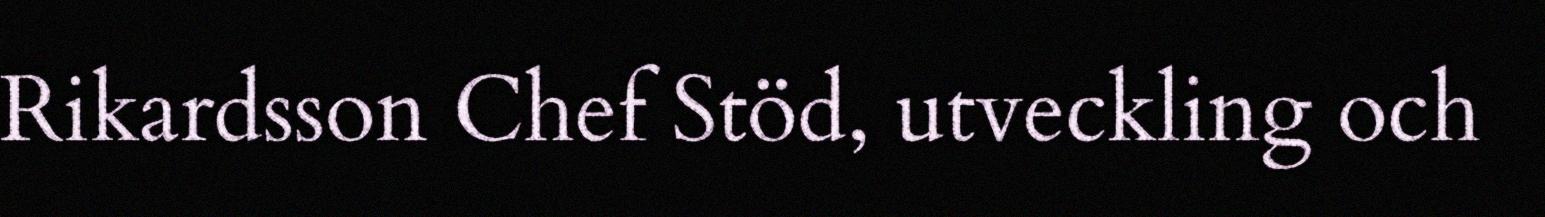
Rikardsson Chef Stöd, utveckling och